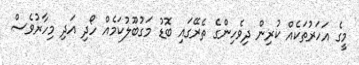
މީގެ އަހަރުތަކެއް ކުރިން ދިވެހިންގެ ތެރޭގައި ބޮޑު މަގުބޫލުކަމެއް ހޯދި އަދި މިހާރުވެސް